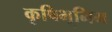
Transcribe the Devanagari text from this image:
कृषिभूमिम